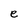
Character: e